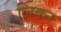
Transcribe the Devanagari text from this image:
लिक्न